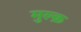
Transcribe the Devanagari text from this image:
मुल्क़